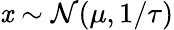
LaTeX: \mathit{x}\sim{\mathcal{{N}}}(\mu,1/\tau)